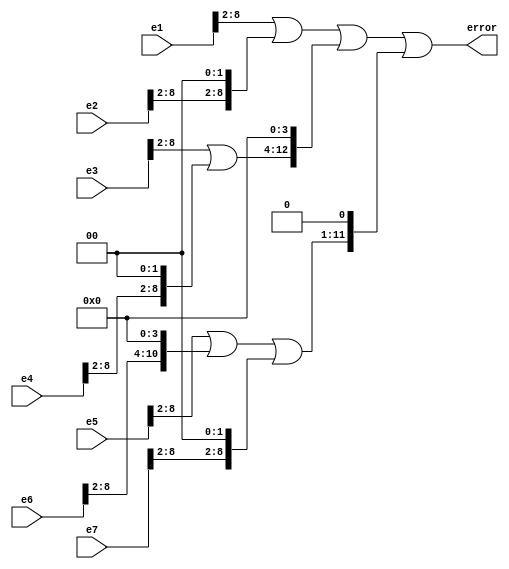
`timescale 1ns / 1ps
//////////////////////////////////////////////////////////////////////////////////
// Company: 
// Engineer: 
// 
// Design Name: 
// Module Name:    error_am1 
// Project Name: 
// Target Devices: 
// Tool versions: 
// Description: 
//
// Dependencies: 
//
// Revision: 
// Revision 0.01 - File Created
// Additional Comments: 
//
//////////////////////////////////////////////////////////////////////////////////
module error_am1(output [12:0] error, input [8:0] e1,e2,e3,e4,e5,e6,e7
    );
wire [8:0] x1,x2; wire [10:0] x3,x5; wire [12:0] x4;

//Stage 1
assign x1=({2'b00,e1[8:2]}|{e2[8:2],2'b00});
assign x2=({2'b00,e3[8:2]}|{e4[8:2],2'b00});
assign x3=({4'b0000,e5[8:2]}|{e6[8:2],4'b0000});

//Stage 2
assign x4=({4'b0000,x1}|{x2,4'b0000});
assign x5=(x3|{2'b00,e7[8:2],2'b00});

//Stage 3
assign error=(x4|{1'b0,x5,1'b0});
endmodule